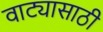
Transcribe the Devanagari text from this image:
वाट्यासाठी